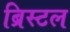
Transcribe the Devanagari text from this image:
ब्रिस्‍टल